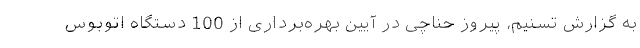
به گزارش تسنیم، پیروز حناچی در آیین بهره‌برداری از 100 دستگاه اتوبوس